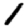
Digit: 1